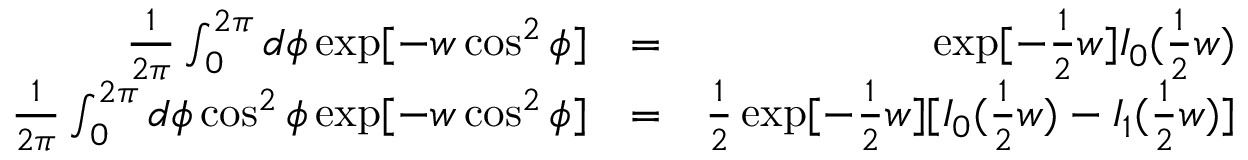
\begin{array} { r l r } { \frac { 1 } { 2 \pi } \int _ { 0 } ^ { 2 \pi } d \phi \exp [ - w \cos ^ { 2 } \phi ] } & { = } & { \exp [ - \frac { 1 } { 2 } w ] I _ { 0 } ( \frac { 1 } { 2 } w ) } \\ { \frac { 1 } { 2 \pi } \int _ { 0 } ^ { 2 \pi } d \phi \cos ^ { 2 } \phi \exp [ - w \cos ^ { 2 } \phi ] } & { = } & { \frac { 1 } { 2 } \exp [ - \frac { 1 } { 2 } w ] [ I _ { 0 } ( \frac { 1 } { 2 } w ) - I _ { 1 } ( \frac { 1 } { 2 } w ) ] } \end{array}